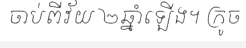
ចាប់ពីវ័យ ២ឆ្នាំឡើង។ ក្រូច